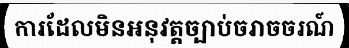
ការដែលមិនអនុវត្តច្បាប់ចរាចចរណ៍